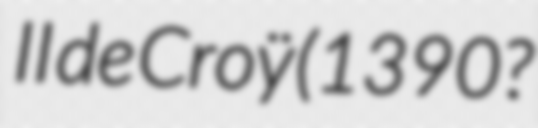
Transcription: II de Croÿ (1390?